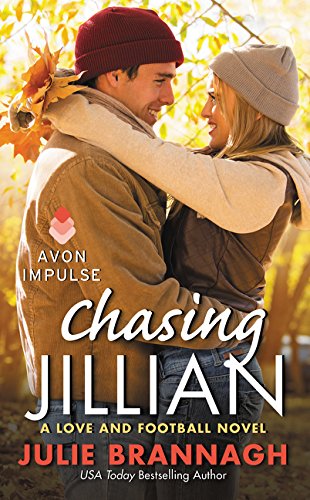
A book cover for Chasing Jillian: A Love and Football Novel; Julie Brannagh; Romance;